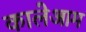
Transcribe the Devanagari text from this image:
कालेआम